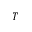
T